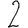
Digit: 2